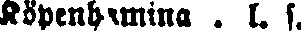
Köpenhamina . l. s.